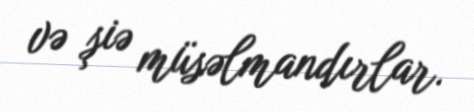
və şiə müsəlmandırlar.